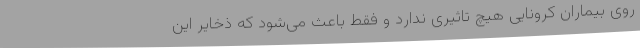
روی بیماران کرونایی هیچ تاثیری ندارد و فقط باعث می‌شود که ذخایر این